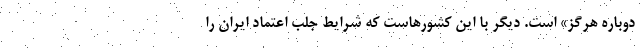
دوباره هرگز» است. دیگر با این کشورهاست که شرایط جلب اعتماد ایران را